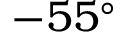
- 5 5 ^ { \circ }